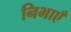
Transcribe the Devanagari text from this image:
निभाएँ